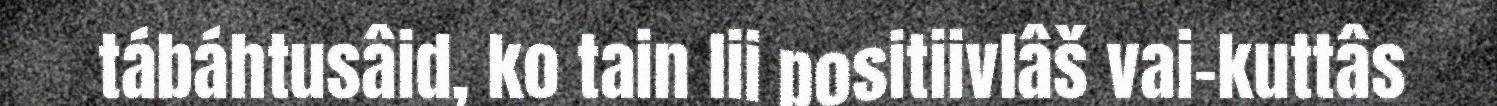
tábáhtusâid, ko tain lii positiivlâš vai-kuttâs